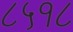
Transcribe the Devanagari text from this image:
८५१८